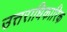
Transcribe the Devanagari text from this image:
उत्तराधिकारिक